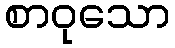
စာဝုသော